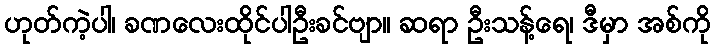
ဟုတ်ကဲ့ပါ၊ ခဏလေးထိုင်ပါဦးခင်ဗျာ။ ဆရာ ဦးသန့်ရေ၊ ဒီမှာ အစ်ကို